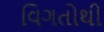
વિગતોથી